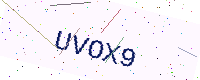
Text: UVOX9